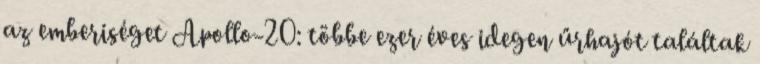
az emberiséget Apollo-20: többe ezer éves idegen űrhajót találtak